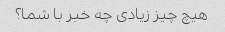
هیچ چیز زیادی چه خبر با شما؟